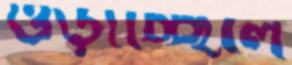
ওড়াচ্ছিলে